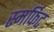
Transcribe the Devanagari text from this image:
स्मर्फिट